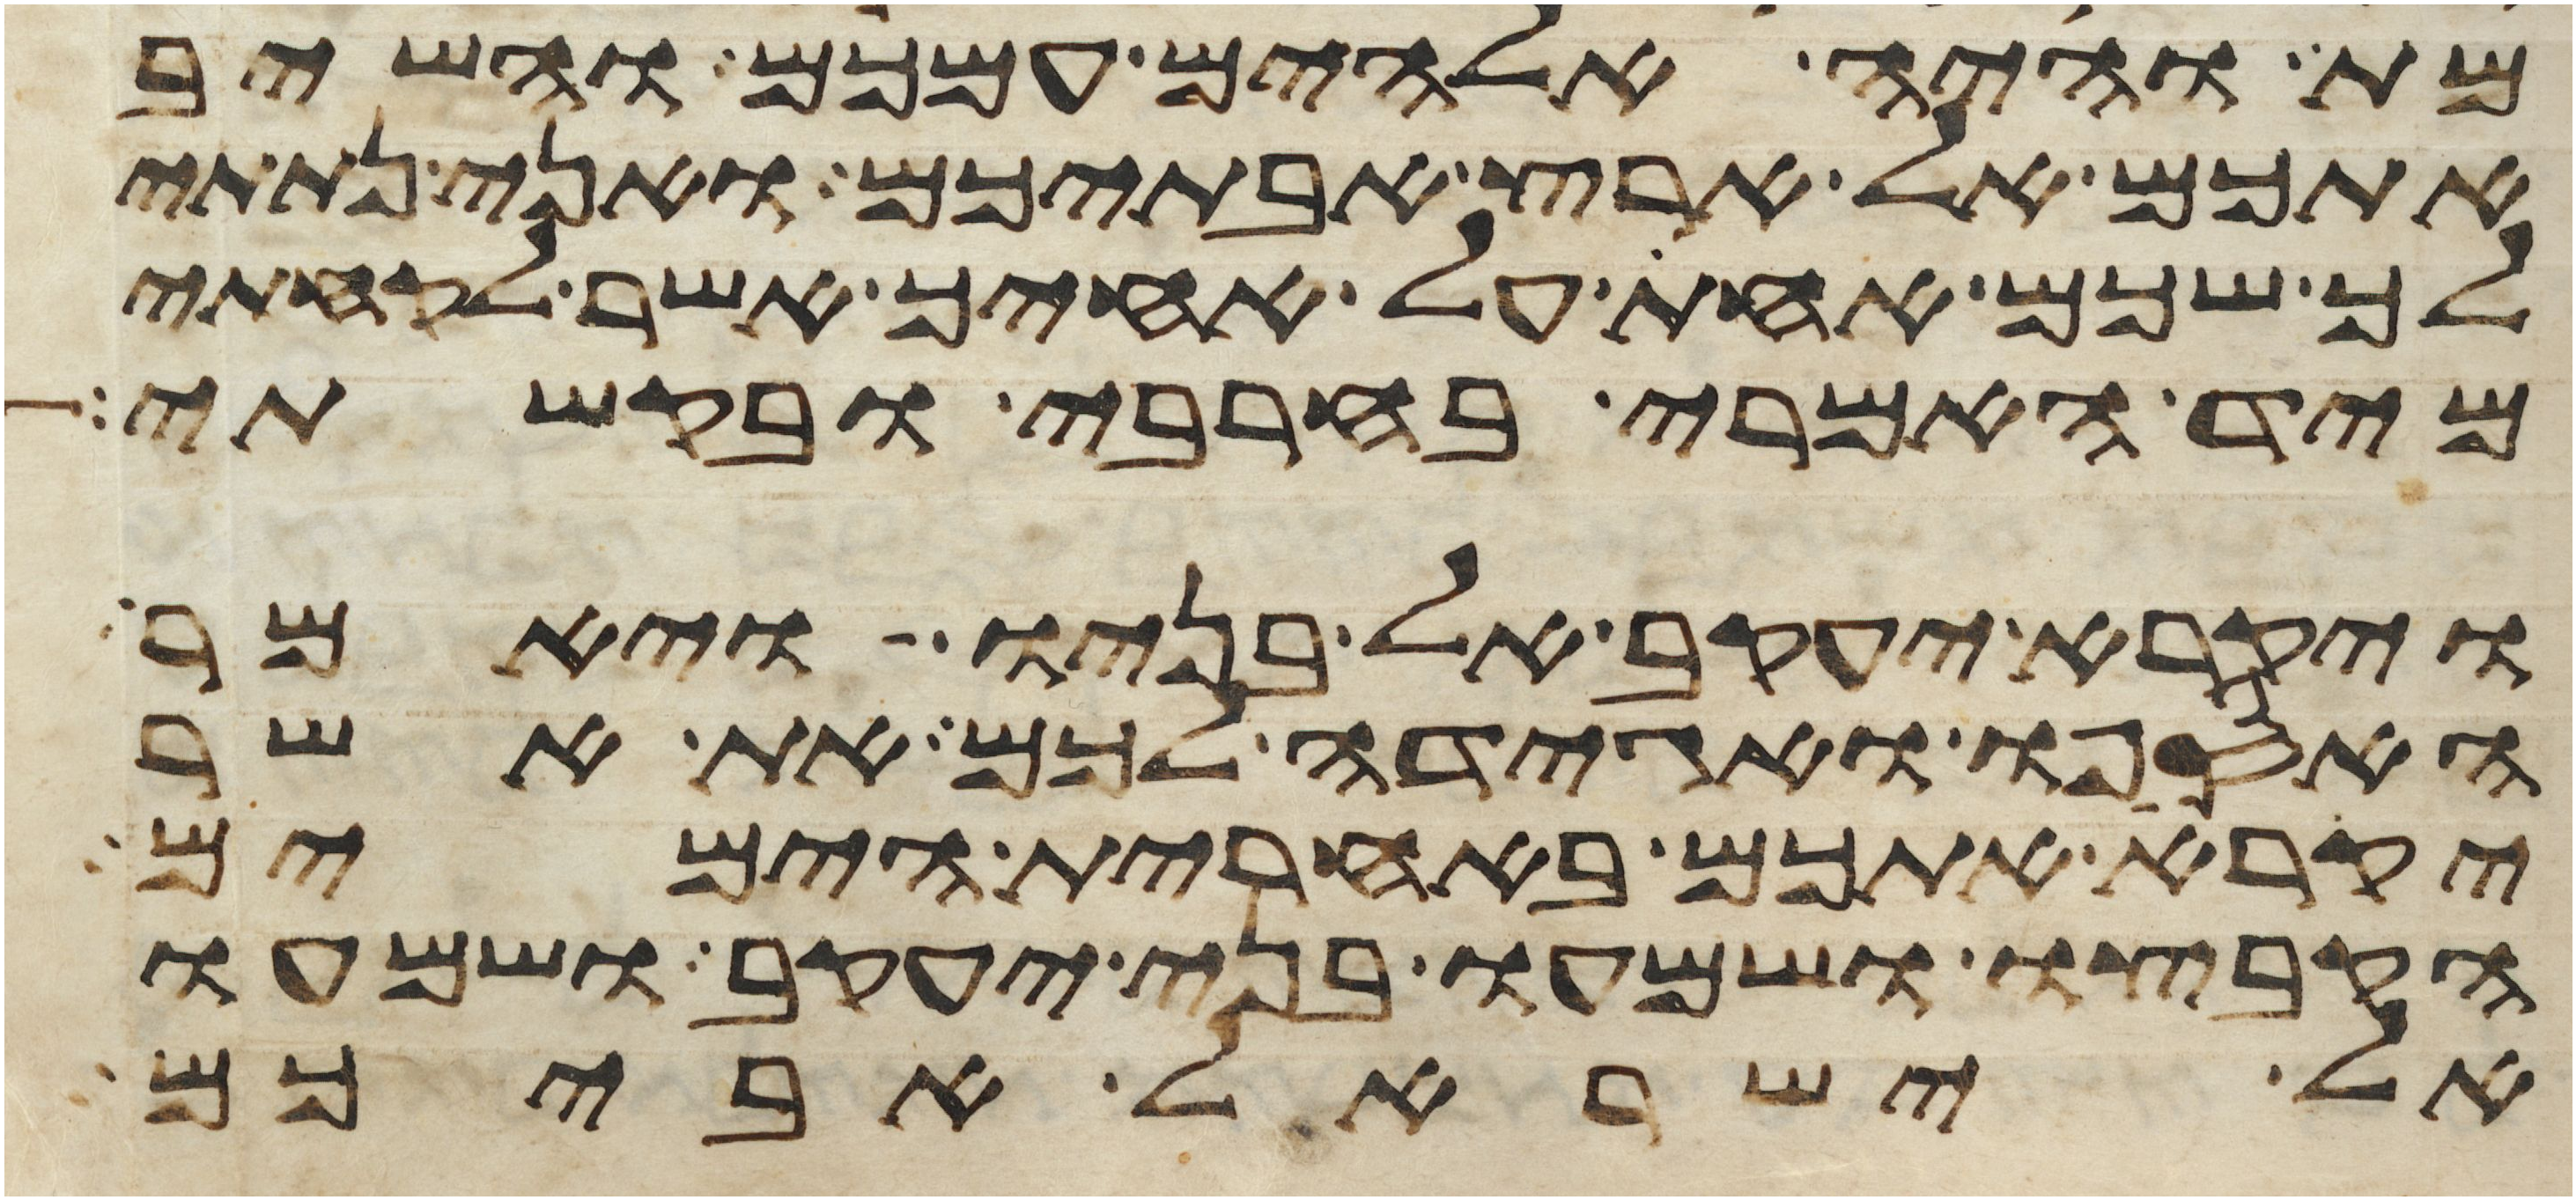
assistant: מת והיה אלהים עמכם והשיב
אתכם אל ארץ אבתיכם ואני נתתי
לך שכם אחת על אחיך אשר לקחתי
מיד האמרי בחרבי ובקשתי
ויקרא יעקב אל בניו ויאמר
האספו ואגידה לכם את אשר
יקרא אתכם באחרית הימים
הקבצו ושמעו בני יעקב ושמעו
אל ישראל אביכם